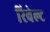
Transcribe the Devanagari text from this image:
रिवेल्ट